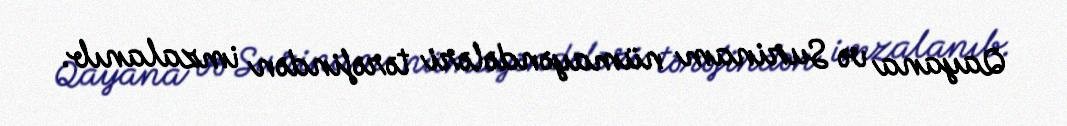
Qayana və Surinam nümayəndələri tərəfindən imzalanıb.